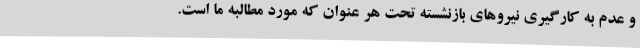
و عدم به کارگیری نیروهای بازنشسته تحت هر عنوان که مورد مطالبه ما است.